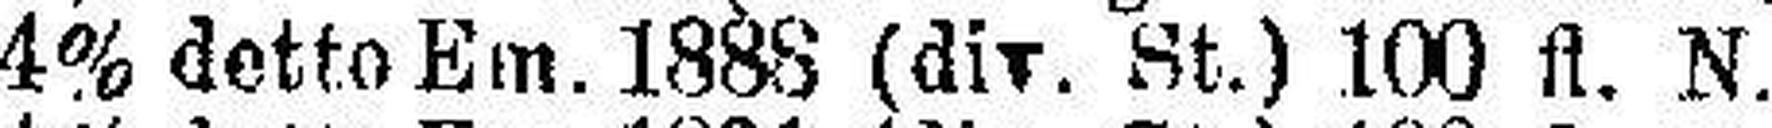
4% detto Em. 1888 (div. St.) 100 fl. N.